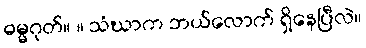
ဓမ္မဂုတ်။ ။ သံဃာက ဘယ်လောက် ရှိနေပြီလဲ။